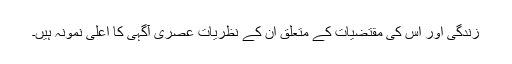
زندگی اور اس کی مقتضیات کے متعلق ان کے نظریات عصری آگہی کا اعلیٰ نمونہ ہیں۔